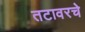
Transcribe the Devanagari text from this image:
तटावरचे